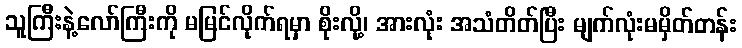
သူကြီးနဲ့လော်ကြီးကို မမြင်လိုက်ရမှာ စိုးလို့၊ အားလုံး အသံတိတ်ပြီး မျက်လုံးမမှိတ်တန်း